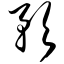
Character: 预